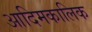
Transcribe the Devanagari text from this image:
आदिमकालिक